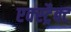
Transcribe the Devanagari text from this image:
एक्स्ट्रैक्ट